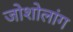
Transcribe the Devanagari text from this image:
जोशोलांग